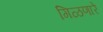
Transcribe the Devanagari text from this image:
गिळणारे